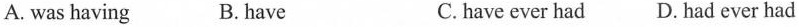
A. was having B. have C. have ever had D. had ever had